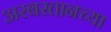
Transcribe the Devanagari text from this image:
अरबस्तानच्या